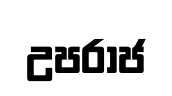
උපරාජ